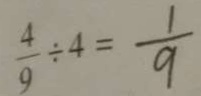
\frac { 4 } { 9 } \div 4 = \frac { 1 } { 9 }